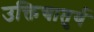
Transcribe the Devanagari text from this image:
उक्तिचातुर्य